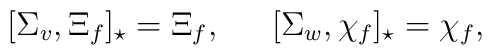
[\Sigma_v, \Xi_f]_\star= \Xi_f, \,\,\,\,\,\,\,\,\,[\Sigma_w, \chi_f]_\star= \chi_f,